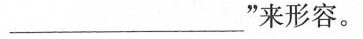
___”来形容。